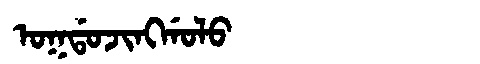
Manchu: ᠣᡴᡩᠣᠵᡳᠩᡤᠣᠯᠣ
Romanization: OKDOJINGGOLO